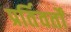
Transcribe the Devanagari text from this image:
प्रर्तिवर्तों